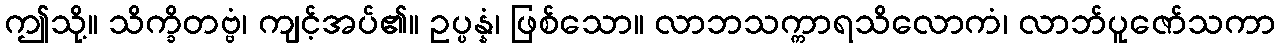
ဤသို့။ သိက္ခိတဗ္ဗံ၊ ကျင့်အပ်၏။ ဥပ္ပန္နံ၊ ဖြစ်သော။ လာဘသက္ကာရသိလောကံ၊ လာဘ်ပူဇော်သကာ